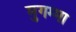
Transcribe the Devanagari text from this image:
मुगम्मा